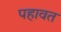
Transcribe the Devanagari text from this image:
पहावत